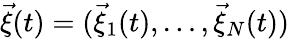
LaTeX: \vec{\xi}(t)=(\vec{\xi}_{1}(t),\dots,\vec{\xi}_{N}(t))